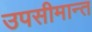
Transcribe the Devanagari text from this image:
उपसीमान्त